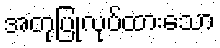
အတုပြုလုပ်ထားသော